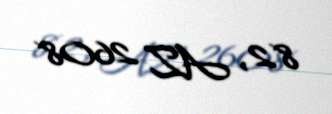
82, AZ 2608